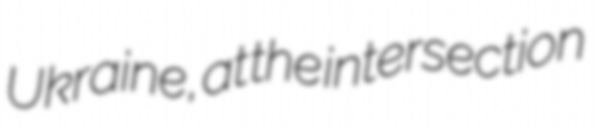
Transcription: Ukraine, at the intersection